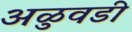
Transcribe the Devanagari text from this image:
अळुवडी